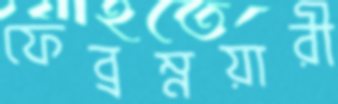
ফেব্রম্নয়ারী